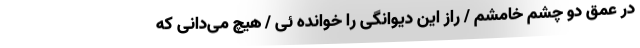
در عمق دو چشم خامشم / راز این دیوانگی را خوانده ئی / هیچ می‌دانی که